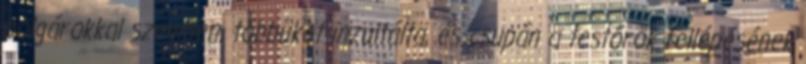
polgárokkal szemben, többüket inzultálta, és csupán a testőrök fellépésének